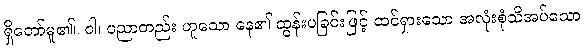
ရှိတော်မူ၏။ ဝါ၊ ပညာတည်း ဟူသော နေ၏ ထွန်းပခြင်းဖြင့် ထင်ရှားသော အလုံးစုံသိအပ်သော